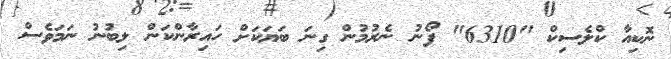
ނޮކިއާ ކްލެސިކް "6310" ފޯނު ނެރުމުން ގިނަ ބަޔަކަށް ހައިރާންކަން ލިބުނު ނަމަވެސް